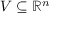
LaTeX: V \subseteq \mathbb { R } ^ { n }